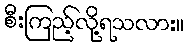
စီးကြည့်လို့ရသလား။